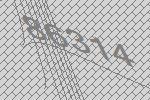
86314